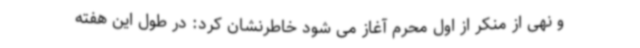
و نهی از منکر از اول محرم آغاز می شود خاطرنشان کرد: در طول این هفته